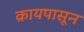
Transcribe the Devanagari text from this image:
क्रायपासून